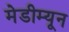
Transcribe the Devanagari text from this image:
मेडीम्यून